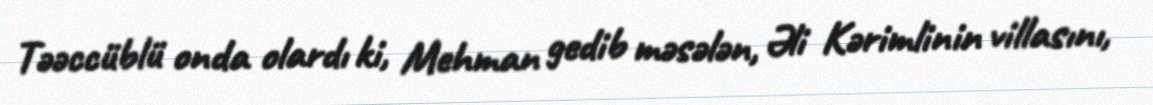
Təəccüblü onda olardı ki, Mehman gedib məsələn, Əli Kərimlinin villasını,